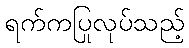
ရက်ကပြုလုပ်သည့်